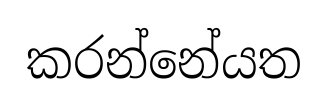
කරන්නේයත